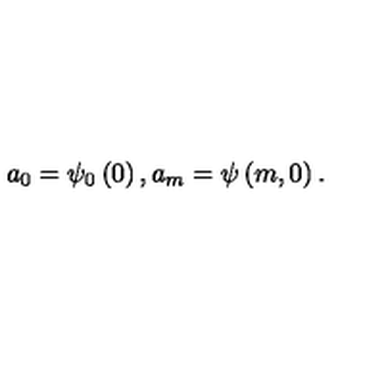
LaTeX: a _ { 0 } = \psi _ { 0 } \left( 0 \right) , a _ { m } = \psi \left( m , 0 \right) .